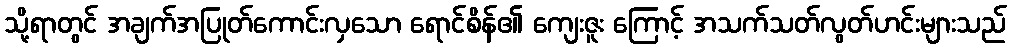
သို့ရာတွင် အချက်အပြုတ်ကောင်းလှသော ရောင်စိန်၏ ကျေးဇူး ကြောင့် အသက်သတ်လွတ်ဟင်းများသည်